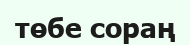
төбе сораң